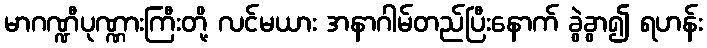
မာဂဏ္ဍီပုဏ္ဏားကြီးတို့ လင်မယား အနာဂါမ်တည်ပြီးနောက် ခွဲခွာ၍ ရဟန်း